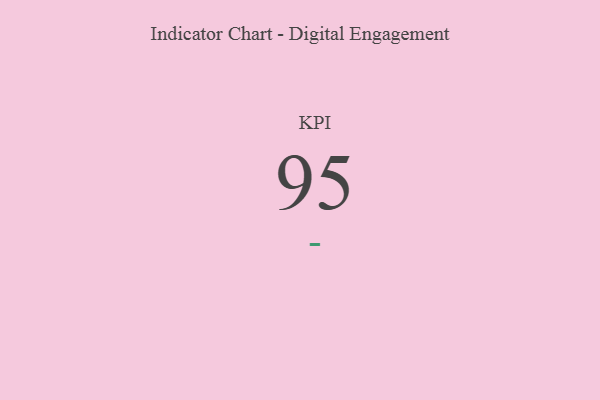
{"axis": {"x": "KPI", "y": "Value"}, "legend": [""], "data": [{"x": "KPI", "y": 95, "type": ""}]}